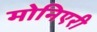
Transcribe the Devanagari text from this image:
मोनिएरी